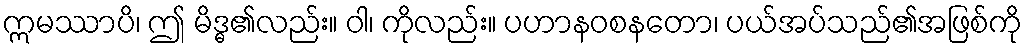
ဣမဿာပိ၊ ဤ မိဒ္ဓ၏လည်း။ ဝါ၊ ကိုလည်း။ ပဟာနဝစနတော၊ ပယ်အပ်သည်၏အဖြစ်ကို